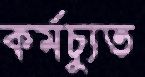
কর্মচ্যুত